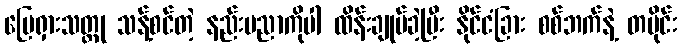
မြေရှားသတ္တု သန့်စင်တဲ့ နည်းပညာကိုပါ ထိန်းချုပ်ခဲ့ပြီး နိုင်ငံခြား စစ်ဘက်နဲ့ တပိုင်း